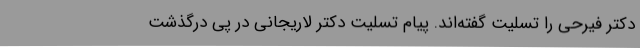
دکتر فیرحی را تسلیت گفته‌اند. پیام تسلیت دکتر لاریجانی در پی درگذشت